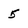
Character: 5